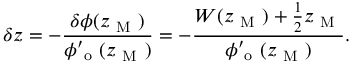
\delta z = - \frac { \delta \phi ( z _ { \mathrm { ~ M ~ } } ) } { \phi _ { \mathrm { ~ o ~ } } ^ { \prime } ( z _ { \mathrm { ~ M ~ } } ) } = - \frac { W ( z _ { \mathrm { ~ M ~ } } ) + \frac { 1 } { 2 } z _ { \mathrm { ~ M ~ } } } { \phi _ { \mathrm { ~ o ~ } } ^ { \prime } ( z _ { \mathrm { ~ M ~ } } ) } .